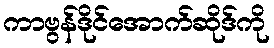
ကာဗွန်ဒိုင်အောက်ဆိုဒ်ကို